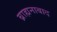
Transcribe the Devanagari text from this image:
ब्राह्मनाबाद